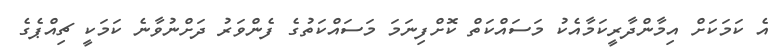
އެ ކަމަކަށް އިމާންދާރީކަމާއެކު މަސައްކަތް ކޮށްފިނަމަ މަސައްކަތުގެ ފެންވަރު ދަށްނުވާނެ ކަމަކީ ޗިއްޕެގެ